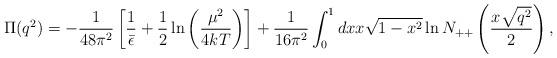
LaTeX: \begin{align*}\Pi(q^2) = -{1\over 48\pi^2}\left[{1\over{\bar\epsilon}}+{1\over 2}\ln\left({\mu^2\over 4kT}\right)\right]+{1\over 16\pi^2} \int_0^1 dx x \sqrt{1-x^2} \ln N_{++}\left({x\sqrt{q^2}\over 2}\right),\end{align*}